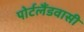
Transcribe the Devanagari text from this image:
पोर्टलैंडवासी